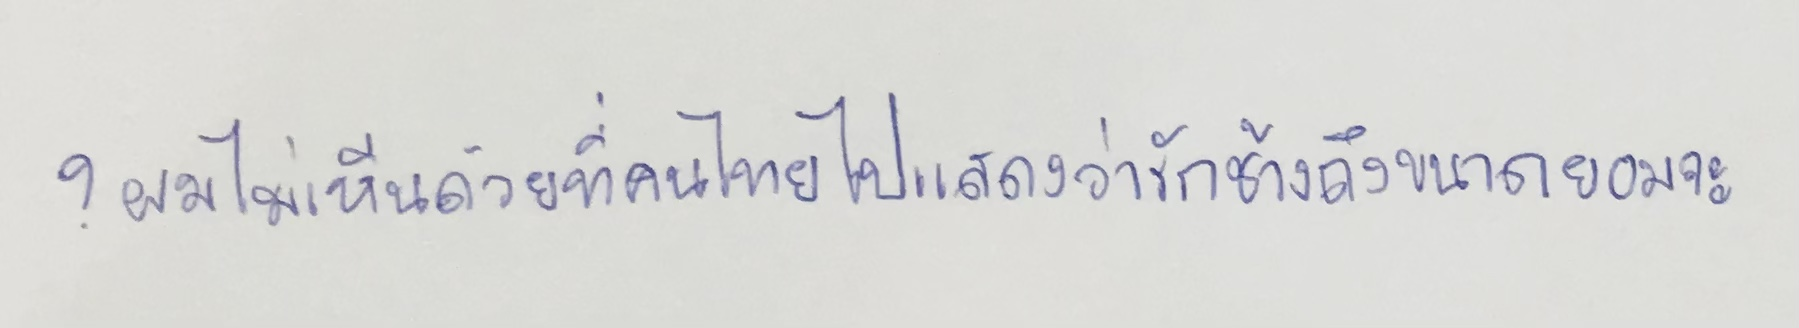
?ผมไม่เห็นด้วยที่คนไทยไปแสดงว่ารักช้างถึงขนาดยอมจะ